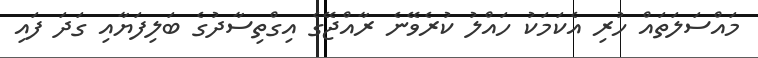
މައްސަލަތައް ހުރި އެކަމަކު ހައްލު ކުރެވޭނެ ރާއްޖޭގެ އިގްތިސާދުގެ ބަލިފަޔާއި ގަދަ ފައި